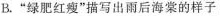
B.”绿肥红瘦”描写出雨后海棠的样子